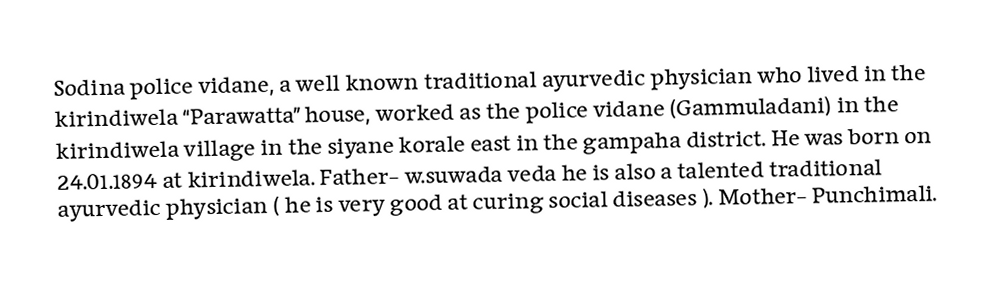
Sodina police vidane, a well known traditional ayurvedic physician who lived in the kirindiwela “Parawatta” house, worked as the police vidane (Gammuladani) in the kirindiwela village in the siyane korale east in the gampaha district. He was born on 24.01.1894 at kirindiwela. Father- w.suwada veda he is also a talented traditional ayurvedic physician ( he is very good at curing social diseases ). Mother- Punchimali.